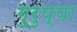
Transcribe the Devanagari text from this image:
गुरुप्पा